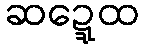
ဆဍ္ဍေထ